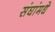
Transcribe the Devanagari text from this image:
संघांमधे